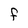
Character: F